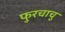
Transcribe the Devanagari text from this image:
फुरचाचु